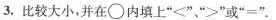
3. 比较大小，并在\circ内填上”<””≥”或”=”。